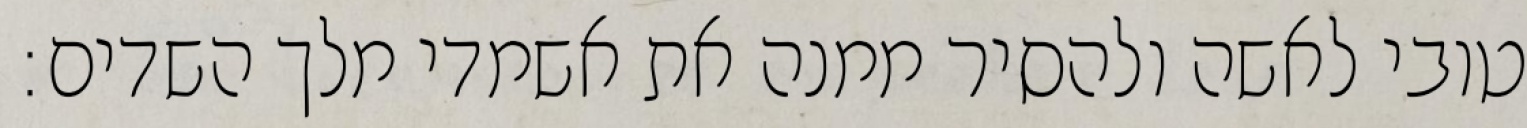
טובי לאשה ולהסיר ממנה את אשמדי מלך השדים: